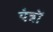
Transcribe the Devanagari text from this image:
यंंत्रों